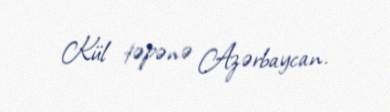
Kül təpənə Azərbaycan.